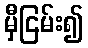
မှီငြမ်း၍